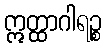
ဣတ္ထာဂါရဉ္စ